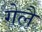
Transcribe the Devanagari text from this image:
गेलै